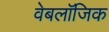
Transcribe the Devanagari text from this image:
वेबलॉजिक